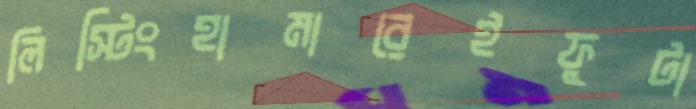
লিস্টিংহামারেইফুটা